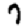
Digit: 7